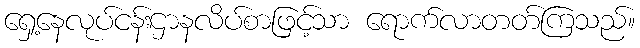
ရှေ့နေလုပ်ငန်းဌာနလိပ်စာဖြင့်သာ ရောက်လာတတ်ကြသည်။